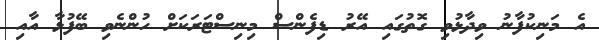
އެ މަނިކުފާނު ވިދާޅުވި ގޮތުގައި އޭރު ޑިފެންސް މިނިސްޓަރަކަށް ހުންނެވި ބޭފުޅާ އާއި